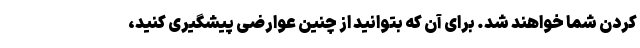
کردن شما خواهند شد. برای آن که بتوانید از چنین عوارضی پیشگیری کنید،